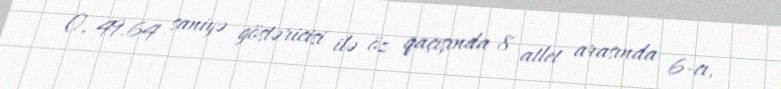
O, 49.64 saniyə göstəricisi ilə öz qaçışında 8 atlet arasında 6-cı,